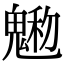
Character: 𩳩